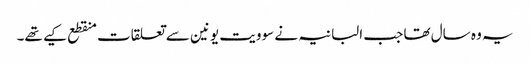
یہ وہ سال تھا جب البانیہ نے سوویت یونین سے تعلقات منقطع کیے تھے۔